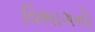
વિભાગનો